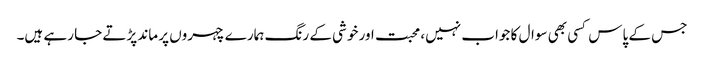
جس کے پاس کسی بھی سوال کا جواب نہیں، محبت اور خوشی کے رنگ ہمارے چہروں پر ماند پڑتے جا رہے ہیں۔